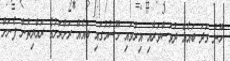
ހޫނު ގަދަ ބައެއް ދުވަސްވަރާއި އިރުވައި މޫސުމުގައި ބައެއް ރަށްރަށުގެ ރައްޔިތުން ފެނަށް